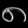
Digit: ၈